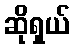
ဆိုရှယ်